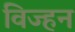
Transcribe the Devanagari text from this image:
विज्हन